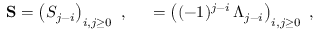
{ \bf S } = \left( S _ { j - i } \right) _ { i , j \geq 0 } \ , \quad { \bf \Lambda } = \left( ( - 1 ) ^ { j - i } \, \Lambda _ { j - i } \right) _ { i , j \geq 0 } \ ,